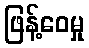
ဖြန့်ဝေမှု